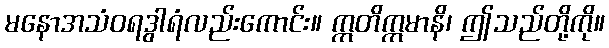
မနောအသံဝရဒွါရံလည်းကောင်း။ ဣတိဣမာနိ၊ ဤသည်တို့ကို။